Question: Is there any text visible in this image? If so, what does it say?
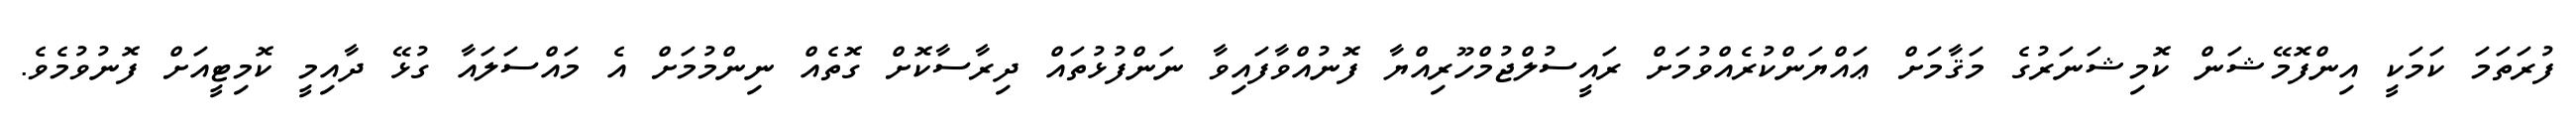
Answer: ފުރަތަމަ ކަމަކީ އިންފޮމޭޝަން ކޮމިޝަނަރުގެ މަޤާމަށް ޢައްޔަންކުރެއްވުމަށް ރައީސުލްޖުމްހޫރިއްޔާ ފޮނުއްވާފައިވާ ނަންފުޅުތައް ދިރާސާކޮށް ގޮތެއް ނިންމުމަށް އެ މައްސަލައާ ގުޅޭ ދާއިމީ ކޮމިޓީއަށް ފޮނުވުމެވެ.